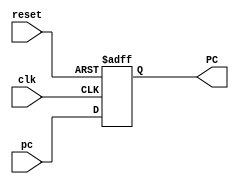
module PC(
    input wire clk, reset,
    input wire [31:0] pc,
    
    output reg [31:0] PC
    );

initial begin
    PC = 0;
end

always @(posedge clk, posedge reset) begin
    if(reset == 1'b1) begin
        PC <= 0;
    end
    else begin
        PC <= pc;
    end
end

endmodule